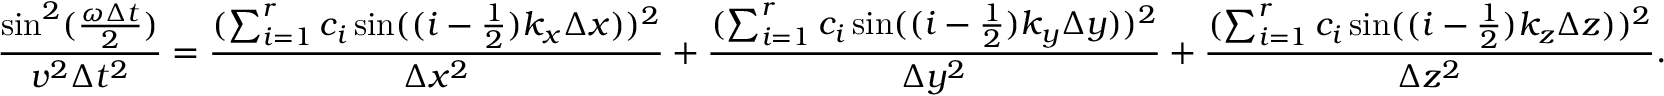
\frac { \sin ^ { 2 } ( \frac { \omega \Delta t } { 2 } ) } { v ^ { 2 } \Delta t ^ { 2 } } = \frac { ( \sum _ { i = 1 } ^ { r } c _ { i } \sin ( ( i - \frac { 1 } { 2 } ) k _ { x } \Delta x ) ) ^ { 2 } } { \Delta x ^ { 2 } } + \frac { ( \sum _ { i = 1 } ^ { r } c _ { i } \sin ( ( i - \frac { 1 } { 2 } ) k _ { y } \Delta y ) ) ^ { 2 } } { \Delta y ^ { 2 } } + \frac { ( \sum _ { i = 1 } ^ { r } c _ { i } \sin ( ( i - \frac { 1 } { 2 } ) k _ { z } \Delta z ) ) ^ { 2 } } { \Delta z ^ { 2 } } .